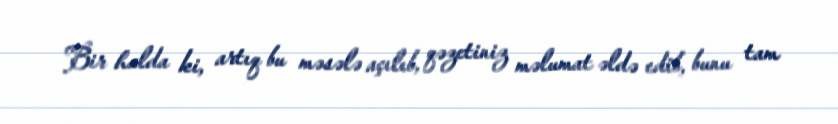
Bir halda ki, artıq bu məsələ açılıb, qəzetiniz məlumat əldə edib, bunu tam